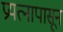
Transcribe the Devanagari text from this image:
प्रयत्‍नापासून